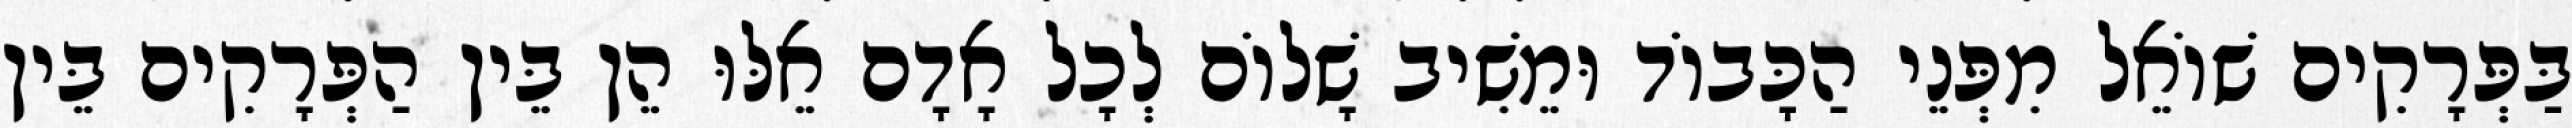
בַּפְּרָקִים שׁוֹאֵל מִפְּנֵי הַכָּבוֹד וּמֵשִׁיב שָׁלוֹם לְכָל אָדָם אֵלּוּ הֵן בֵּין הַפְּרָקִים בֵּין